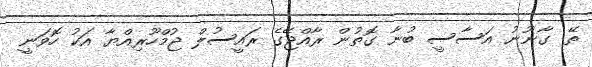
ތޭ. ގާނޫނު އަސާސީ ބުނާ ގޮތުން ރާއްޖޭގެ ރައީސުލް ޖުމްހޫރިއްޔާ އަކު ހޮވަނީ